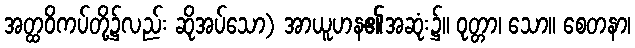
အတ္ထဝိကပ်တို့၌လည်း ဆိုအပ်သော) အာယူဟန၏အဆုံး၌။ ဝုတ္တာ၊ သော။ စေတနာ၊